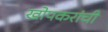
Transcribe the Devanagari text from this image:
खोपकरांची